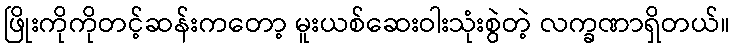
ဖြိုးကိုကိုတင့်ဆန်းကတော့ မူးယစ်ဆေးဝါးသုံးစွဲတဲ့ လက္ခဏာရှိတယ်။